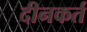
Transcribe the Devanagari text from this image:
दीनकर्त